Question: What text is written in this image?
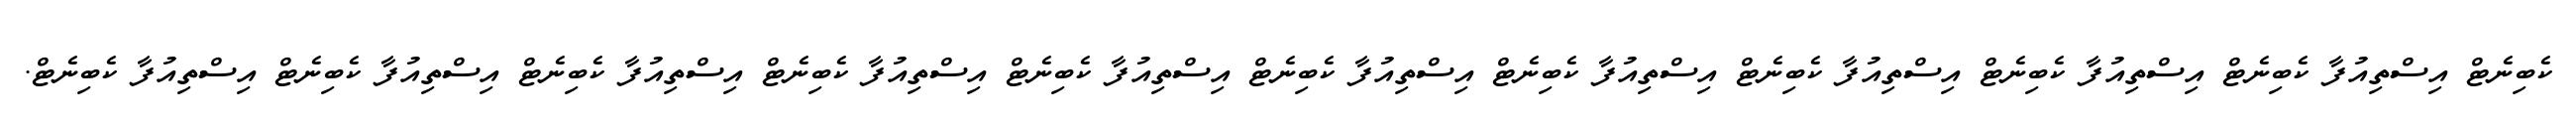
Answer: ކެބިނެޓް އިސްތިއުފާ ކެބިނެޓް އިސްތިއުފާ ކެބިނެޓް އިސްތިއުފާ ކެބިނެޓް އިސްތިއުފާ ކެބިނެޓް އިސްތިއުފާ ކެބިނެޓް އިސްތިއުފާ ކެބިނެޓް އިސްތިއުފާ ކެބިނެޓް އިސްތިއުފާ ކެބިނެޓް އިސްތިއުފާ ކެބިނެޓް އިސްތިއުފާ ކެބިނެޓް.